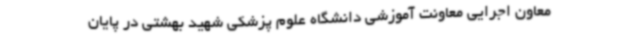
معاون اجرایی معاونت آموزشی دانشگاه علوم پزشکی شهید بهشتی در پایان